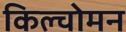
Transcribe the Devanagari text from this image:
किल्चोमन